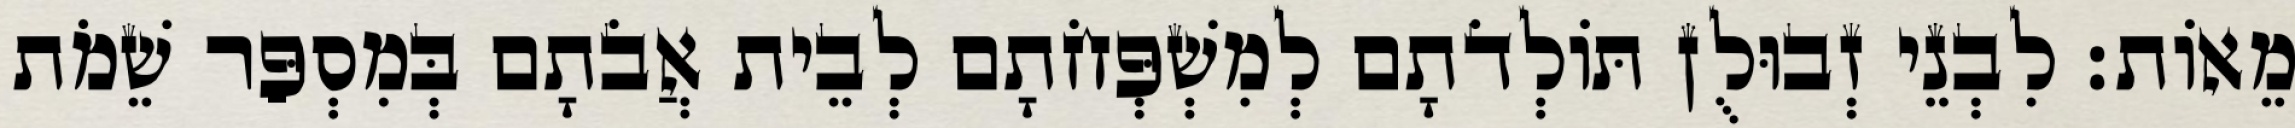
מֵאוֹת׃ לִבְנֵי זְבוּלֻן תּוֹלְדֹתָם לְמִשְׁפְּחֹתָם לְבֵית אֲבֹתָם בְּמִסְפַּר שֵׁמֹת